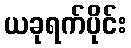
ယခုရက်ပိုင်း